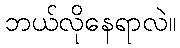
ဘယ်လိုနေရာလဲ။